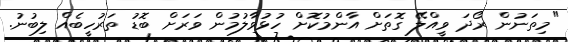
"މިތަނުން ރޯދަ ވީއްލޭ ގޮތަށް އާންމުކޮށް ހުޅުވާލުމުން ވަރަށް ބޮޑު ތަރުހީބެއް ލިބުނު.